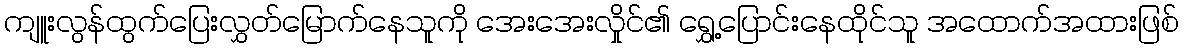
ကျူးလွန်ထွက်ပြေးလွှတ်မြောက်နေသူကို အေးအေးလှိုင်၏ ရွှေ့ပြောင်းနေထိုင်သူ အထောက်အထားဖြစ်